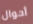
أحوال